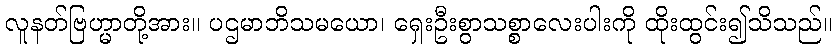
လူနတ်ဗြဟ္မာတို့အား။ ပဌမာဘိသမယော၊ ရှေးဦးစွာသစ္စာလေးပါးကို ထိုးထွင်း၍သိသည်။